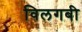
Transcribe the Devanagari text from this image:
विलगबी